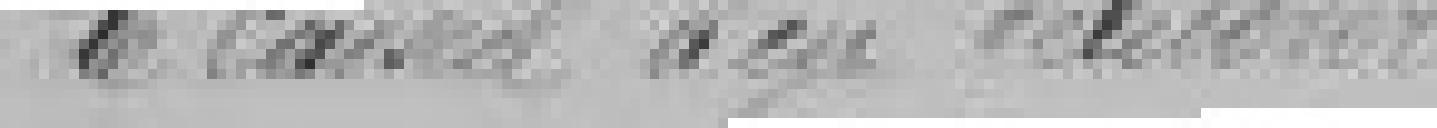
le conseil d'en délibérer